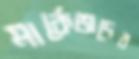
মার্কেজদের